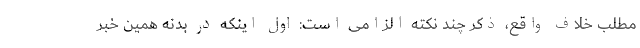
مطلب خلاف واقع، ذکر چند نکته الزامی است: اول اینکه در بدنه همین خبر